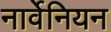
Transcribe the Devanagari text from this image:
नार्वेनियन